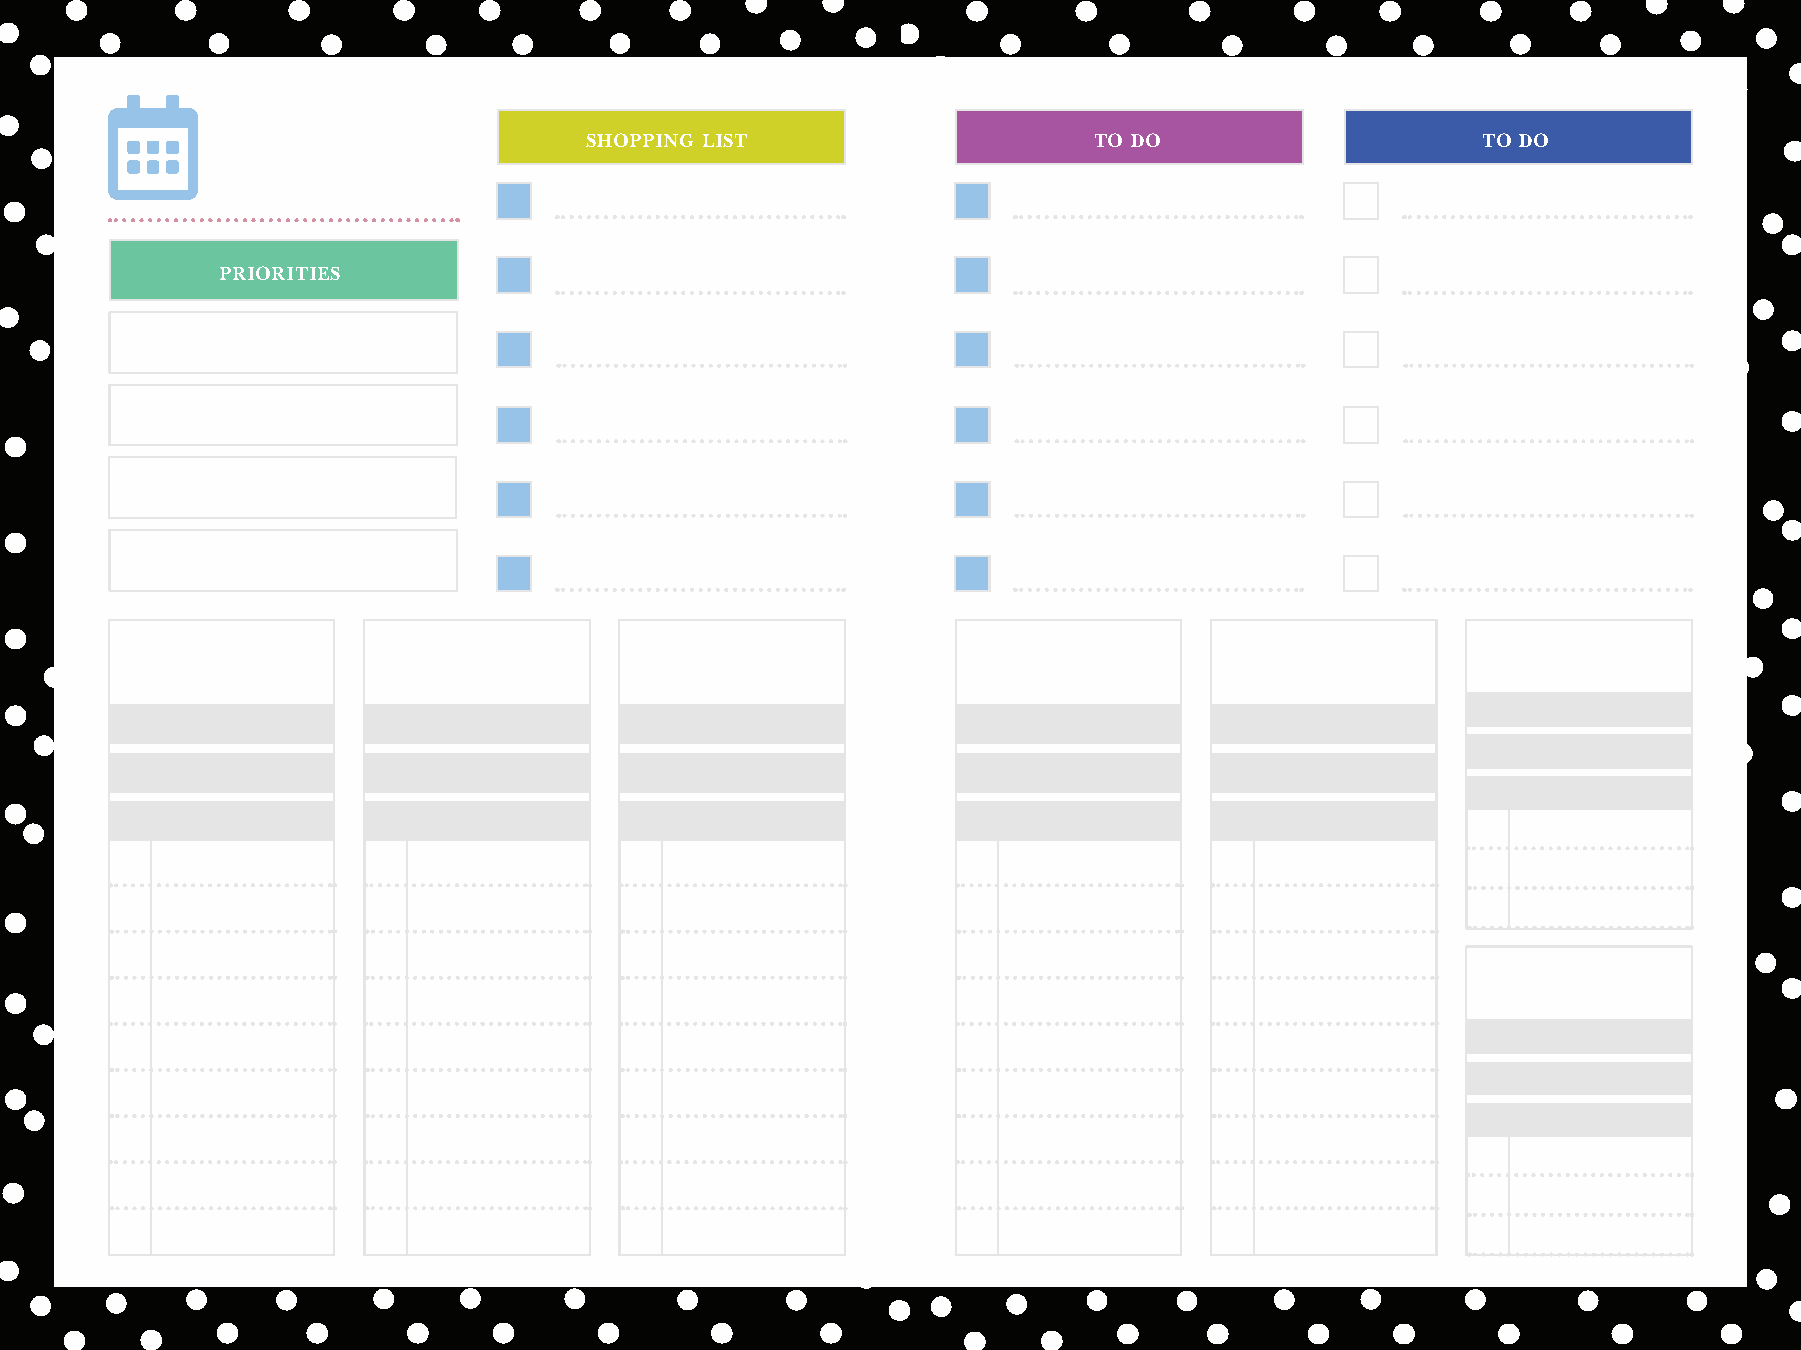
SHOPPING LIST                    TO DO                     TO DO
 PRIORITIES